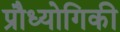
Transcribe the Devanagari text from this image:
प्रौध्योगिकी